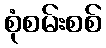
စုံစမ်းစစ်